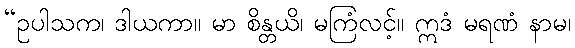
“ဥပါသက၊ ဒါယကာ။ မာ စိန္တယိ၊ မကြံလင့်။ ဣဒံ မရဏံ နာမ၊